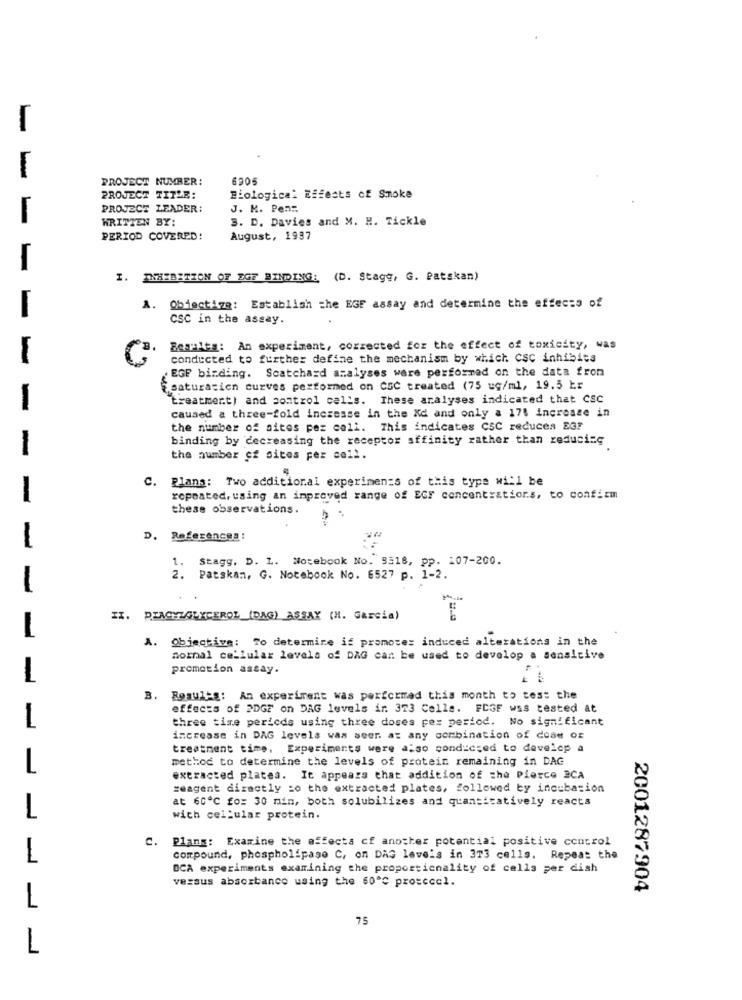
-
SOC9
PROJECT NUMBER:
PROJECT TITLE:
Biological Effects of Smoke
PROJECT LEADER:
J. M. Pen:
WRITTEN BY:
3. D. Davies and M. H. Tickle
PERIOD COVERED!
August, 1937
-
I. INHIBITION OF EGF BINDING: (D. Stage, G. Patskan)
A. Objective: Establish che EGE assay and determine the effects of
CSC in the assay.
Boaales: An experiment, corrected for the effect of toxicity, was
conducted to further define the mechanism by which CSC inhibits
. EGF binding. Scatchard analyses were performed on the data from
Featurasien curves performed on CSC treated (75 ug/ml, 19.5 kr
"treatment) and control cells. These analyses indicated that CSC
-
caused a three-fold increase in the Kd and only a 17% increase in
the number of sites pez coll. This indicates CSC reducea EG!
binding by decreasing the receptor affinity rather than reducing
-
the number of sites per cell.
C.
Plans: Two additional experiments of this type will be
-
repeated, using an improved range of EGF concentrations, to confirm
these observations.
D. References :
1. Stagg, D. L. Notebook No. 3318, pp. 107-200.
2. Patskam, G. Notebook No. 6527 p. 1-2.
-
IX. PLACEZGLYCEROL (DAG) ASSAY (H. Garcia)
A. Objective: To determine if promotes induced alterations in the
normal cellular levels of DAG can be used to develop a sensitive
promotion assay.
-
3.
Bomulig: An experiment was performed this month to test the
effects of 2DGF on DAG levels ir. 323 Celle. FCGF was tested at
three time periods using three doses pex period. No significant
increase in DAG levels was seer. at any combination of code Of
treatment time, Experiments were also conducted to develop a
method to determine the levels of protein remaining in DAG
extracted platea. It appears that addition of the Pierce 2CA
seagent directly zo the extracted plates, followed by incubation
at 60℃ fo: 30 min, both solubilizes and quantitatively reacts
L
wich cellular protein.
Plans: Examine the effects cf another potential positive control
-
compound, phospholipase C, on DAG leveis in 3T3 cells. Repeat the
OCA experiments examining the proportionality of cells per dish
versus absorbance using the 60℃ protecol.
2001287904
1
75
1